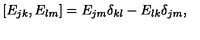
[ E _ { j k } , E _ { l m } ] = E _ { j m } \delta _ { k l } - E _ { l k } \delta _ { j m } ,